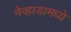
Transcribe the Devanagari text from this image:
नेव्हाडामध्ये